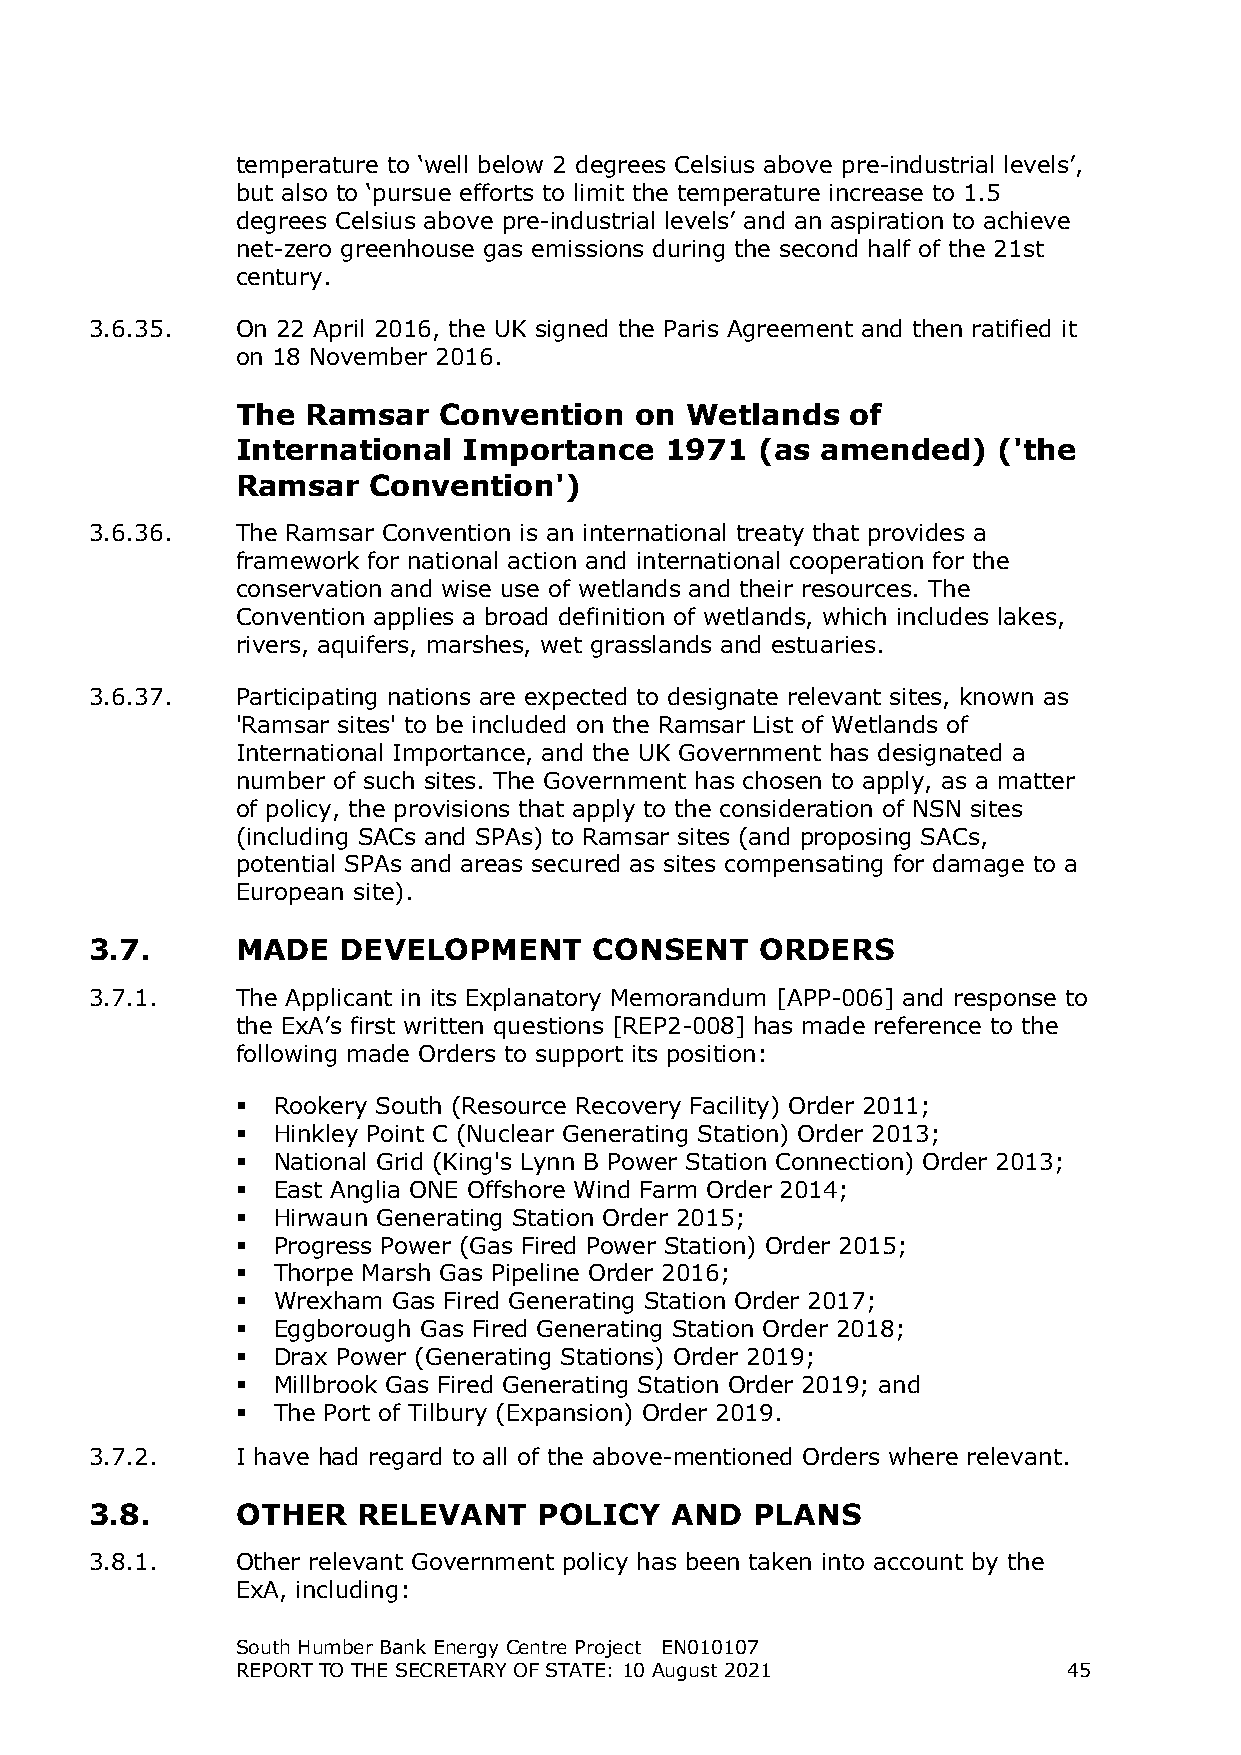
temperature to ‘well below 2 degrees Celsius above pre-industrial levels’,
 but also to ‘pursue efforts to limit the temperature increase to 1.5
 degrees Celsius above pre-industrial levels’ and an aspiration to achieve
 net-zero greenhouse gas emissions during the second half of the 21st
 century.
 3.6.35.   On 22 April 2016, the UK signed the Paris Agreement and then ratified it
 on 18 November 2016.
 The Ramsar   Convention   on Wetlands   of
 International  Importance   1971  (as amended)    ('the
 Ramsar  Convention')
 3.6.36.   The Ramsar Convention is an international treaty that provides a
 framework for national action and international cooperation for the
 conservation and wise use of wetlands and their resources. The
 Convention applies a broad definition of wetlands, which includes lakes,
 rivers, aquifers, marshes, wet grasslands and estuaries.
 3.6.37.   Participating nations are expected to designate relevant sites, known as
 'Ramsar sites' to be included on the Ramsar List of Wetlands of
 International Importance, and the UK Government has designated a
 number of such sites. The Government has chosen to apply, as a matter
 of policy, the provisions that apply to the consideration of NSN sites
 (including SACs and SPAs) to Ramsar sites (and proposing SACs,
 potential SPAs and areas secured as sites compensating for damage to a
 European site).
 3.7.      MADE   DEVELOPMENT     CONSENT    ORDERS
 3.7.1.    The Applicant in its Explanatory Memorandum [APP-006] and response to
 the ExA’s first written questions [REP2-008] has made reference to the
 following made Orders to support its position:
  Rookery South (Resource Recovery Facility) Order 2011;
  Hinkley Point C (Nuclear Generating Station) Order 2013;
  National Grid (King's Lynn B Power Station Connection) Order 2013;
  East Anglia ONE Offshore Wind Farm Order 2014;
  Hirwaun Generating Station Order 2015;
  Progress Power (Gas Fired Power Station) Order 2015;
  Thorpe Marsh Gas Pipeline Order 2016;
  Wrexham Gas Fired Generating Station Order 2017;
  Eggborough Gas Fired Generating Station Order 2018;
  Drax Power (Generating Stations) Order 2019;
  Millbrook Gas Fired Generating Station Order 2019; and
  The Port of Tilbury (Expansion) Order 2019.
 3.7.2.    I have had regard to all of the above-mentioned Orders where relevant.
 3.8.      OTHER   RELEVANT    POLICY  AND   PLANS
 3.8.1.    Other relevant Government policy has been taken into account by the
 ExA, including:
 South Humber Bank Energy Centre Project EN010107
 REPORT TO THE SECRETARY OF STATE: 10 August 2021       45